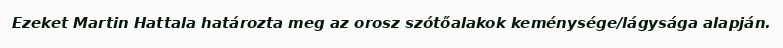
Ezeket Martin Hattala határozta meg az orosz szótőalakok keménysége/lágysága alapján.